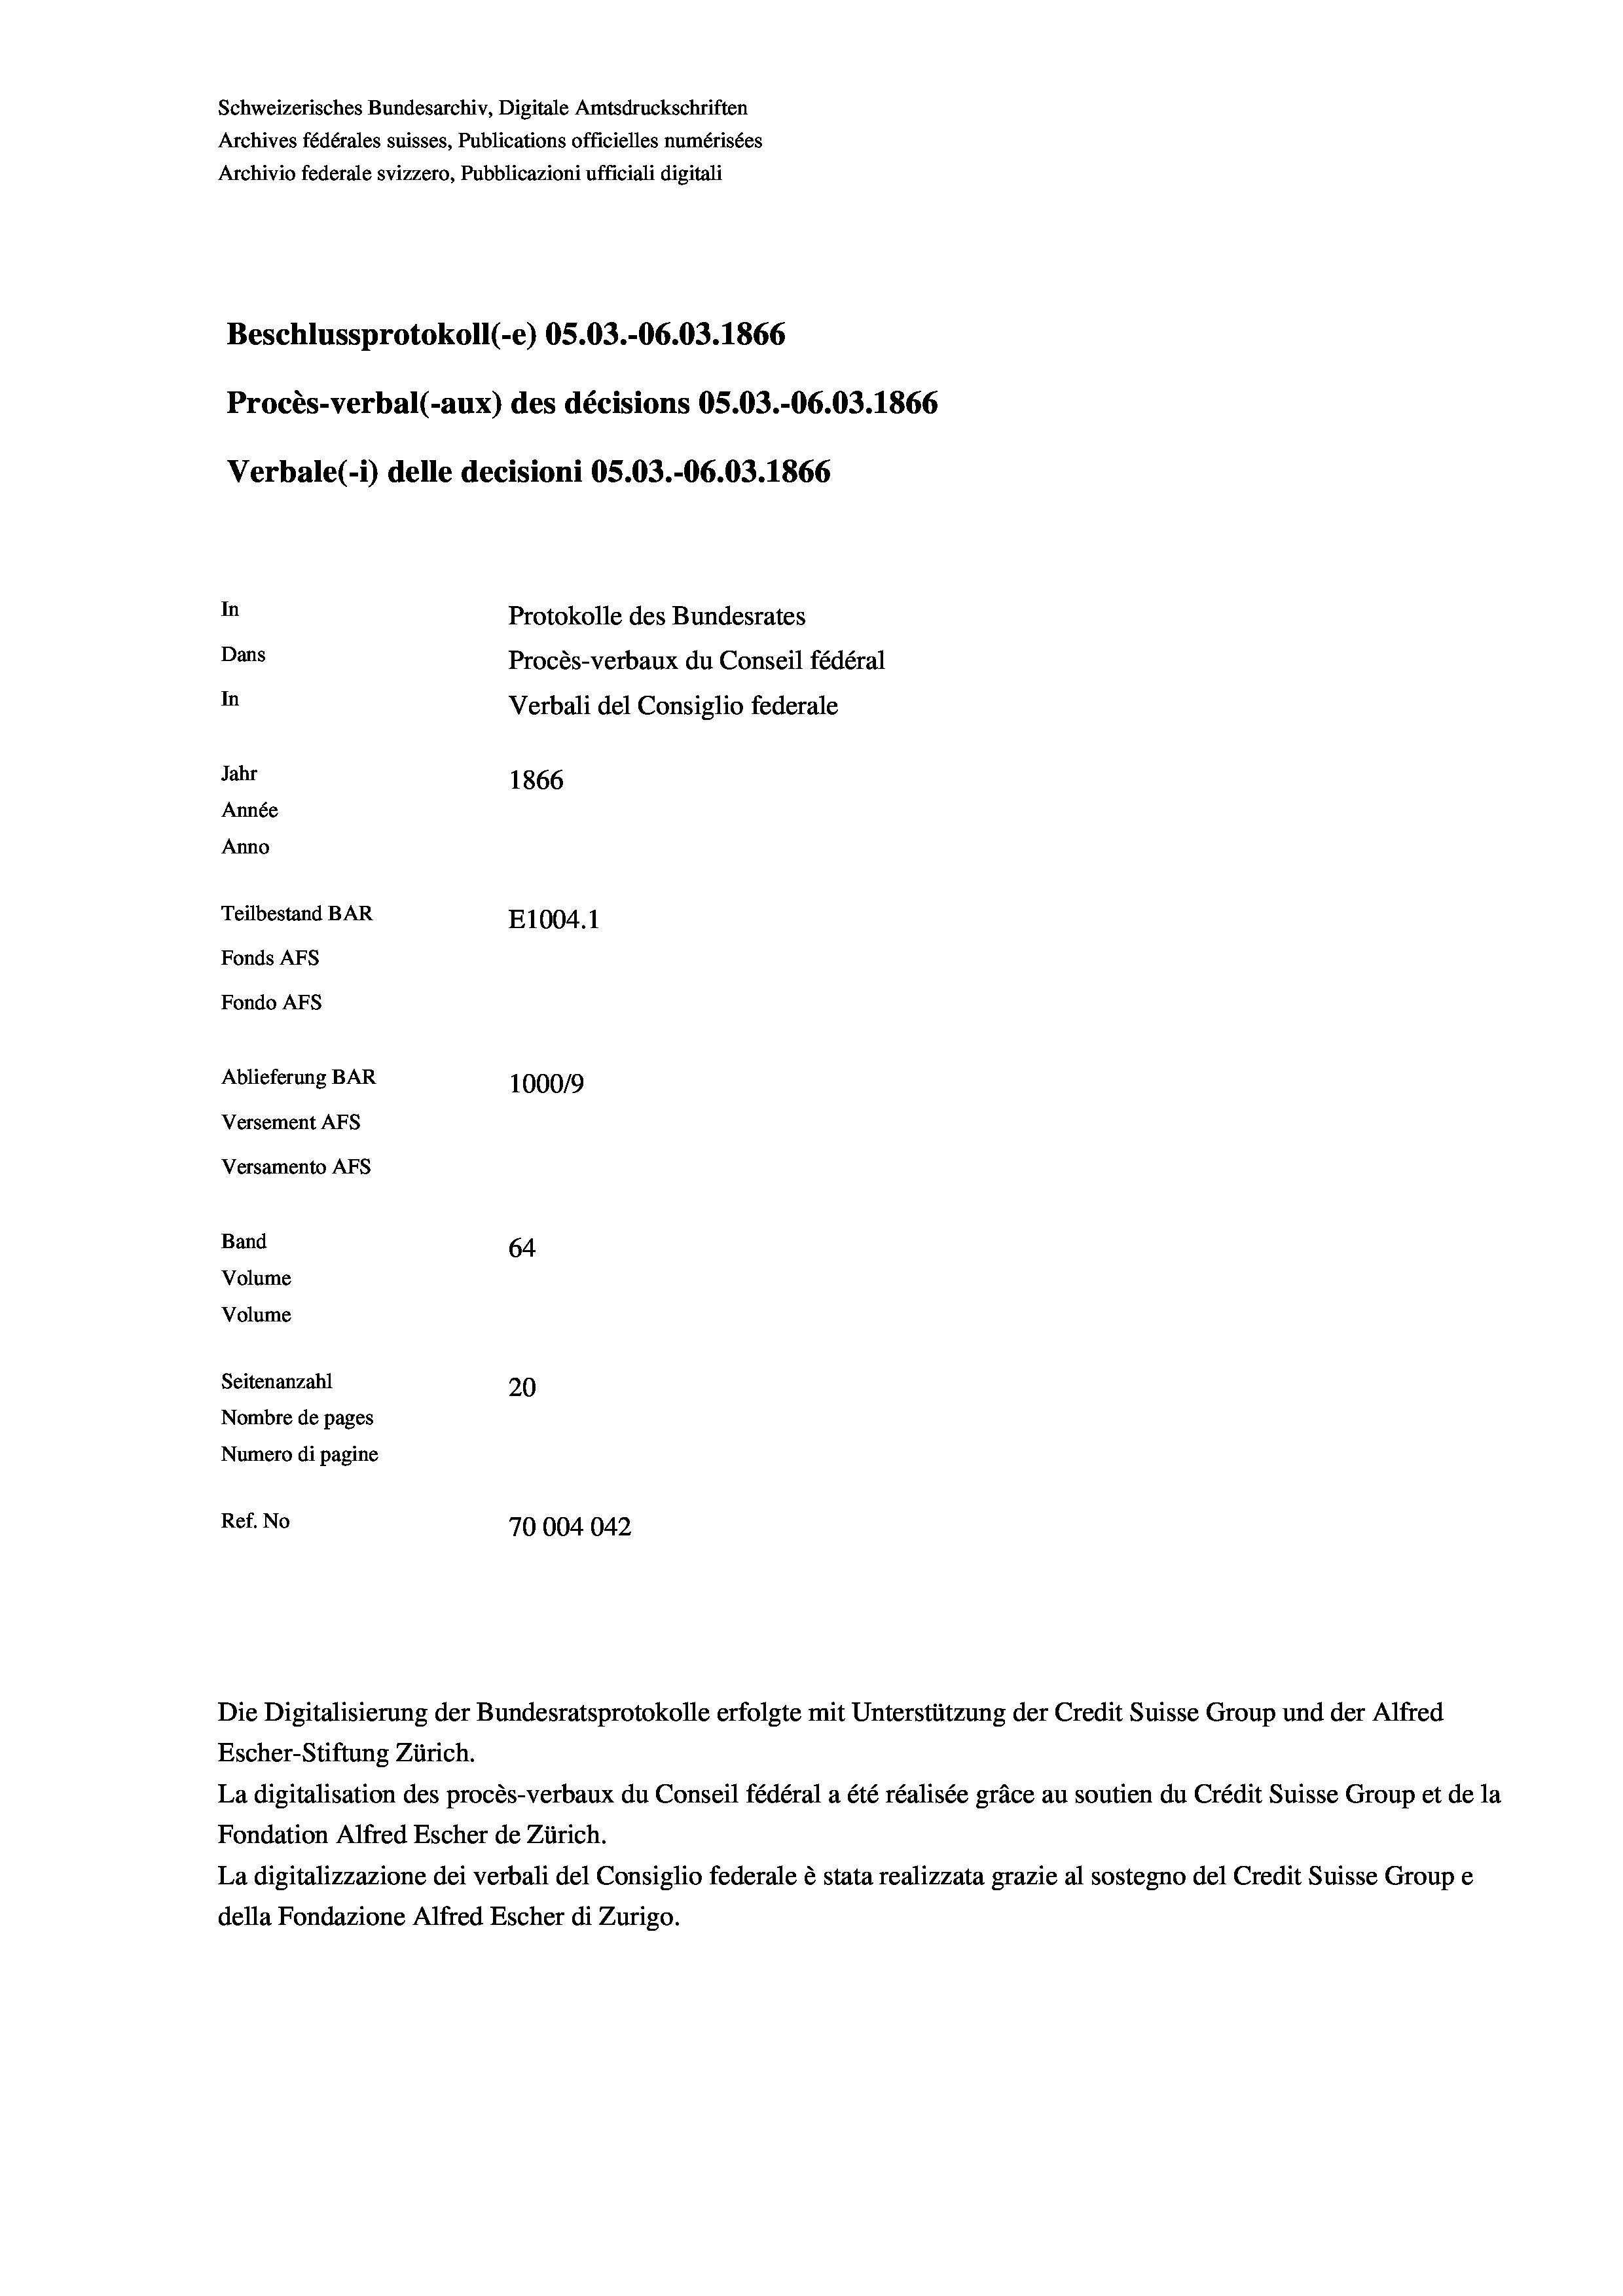
Schweizerisches Bundesarchiv, Digitale Amtsdruckschriften
Archives fédérales suisses, Publications officielles numérisées
Archivio federale svizzero, Pubblicazioni ufficiali digitali
Beschlussprotokoll (-e) OS.03.-06.03. 1866
Procès-verbal (-aux) des décisions OS.03.-06.03. 1866
Verbale(-*) delle decisioni OS.03.-06.03. 1866
In
Protokolle des Bundesrates
Dans
Procès-verbaux du Conseil fédéral
In
Verbali del Consiglio federale
Jahr
1866
Année
Anno
Teilbestand BAR
E1004.1
Fonds AFs
Fondo Afs
Ablieferung BAR
100019
Versement AFs
Versamento Afs
Band
64
Volume
Volume
Seitenanzahl
20
Nombre de pages
Numero di pagine
Ref. No
70004042

Escher-Stiftung Zürich.
La digitalisation des procès-verbaux du Conseil fédéral a été réalisée gräce au soutien du Crédit Suisse Group et de la
Fondation Alfred Escher de Zürich.
La digitalizzazione dei verbali del Consiglio federale è stata realizzata grazie al sostegno del Credit Suisse Groupe
della Fondazione Alfred Escher di Zurigo.

Die Digitalisierung der Bundesratsprotokolle erfolgte mit Unterstützung der Credit Suisse Group und der Alfred